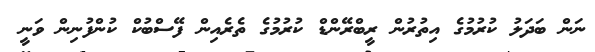
ނަން ބަދަލު ކުރުމުގެ އިތުރުން ރީބްރޭންޑް ކުރުމުގެ ތެރެއިން ފޭސްބުކް ކުންފުނިން ވަނީ